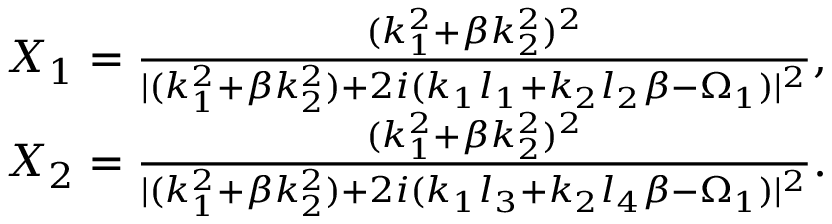
\begin{array} { r } { X _ { 1 } = \frac { ( k _ { 1 } ^ { 2 } + \beta k _ { 2 } ^ { 2 } ) ^ { 2 } } { \lvert ( k _ { 1 } ^ { 2 } + \beta k _ { 2 } ^ { 2 } ) + 2 i ( k _ { 1 } l _ { 1 } + k _ { 2 } l _ { 2 } \beta - \Omega _ { 1 } ) \rvert ^ { 2 } } , } \\ { X _ { 2 } = \frac { ( k _ { 1 } ^ { 2 } + \beta k _ { 2 } ^ { 2 } ) ^ { 2 } } { \lvert ( k _ { 1 } ^ { 2 } + \beta k _ { 2 } ^ { 2 } ) + 2 i ( k _ { 1 } l _ { 3 } + k _ { 2 } l _ { 4 } \beta - \Omega _ { 1 } ) \rvert ^ { 2 } } . } \end{array}